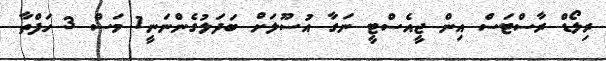
ރިލޯޑް ރާސްޓަސް އިން ޖީއެސްޓީ ނަގާ އުސޫލަށް ބަދަލުގެންނަނީ1 މަސް 3 ހަފްތާ